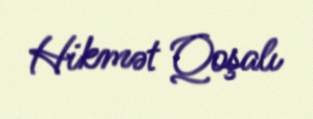
Hikmət Qoşalı